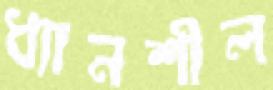
ধ্যানশীল